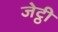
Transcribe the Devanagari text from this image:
जेट्ठी